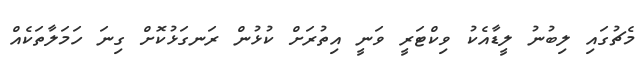
މެޗުގައި ލިބުނު ލީޑާއެކު ވިކްޓަރީ ވަނީ އިތުރަށް ކުޅުން ރަނގަޅުކޮށް ގިނަ ހަމަލާތަކެއް